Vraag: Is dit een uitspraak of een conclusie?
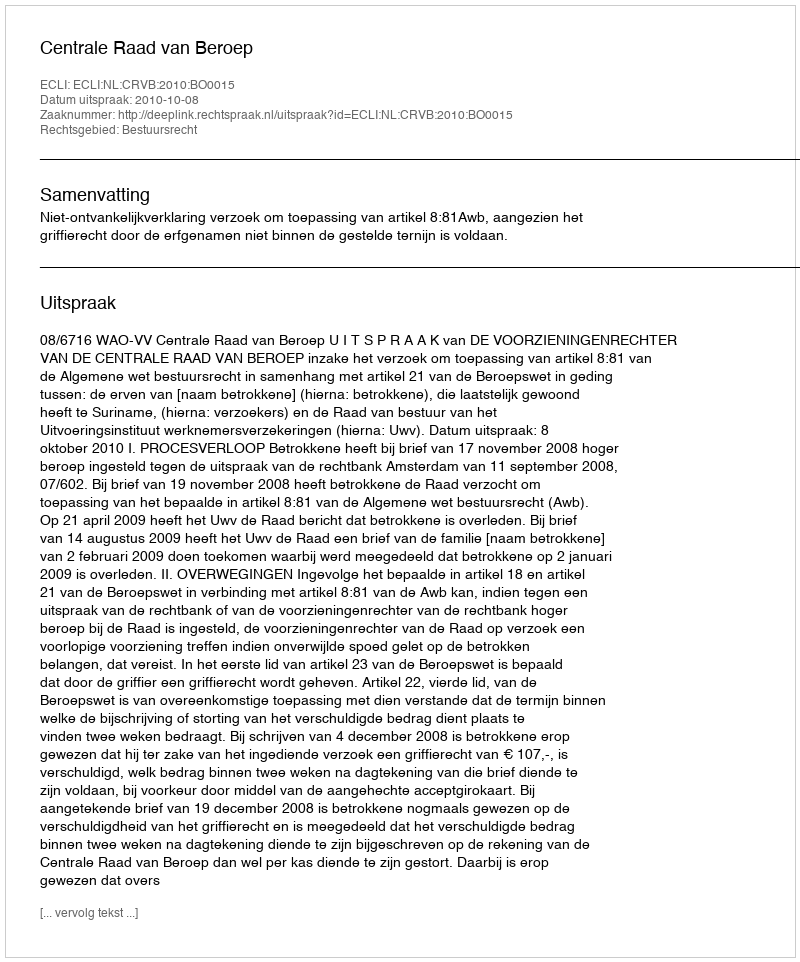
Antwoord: Uitspraak